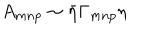
A _ { m n p } \sim { \bar { \eta } } \Gamma _ { m n p } \eta